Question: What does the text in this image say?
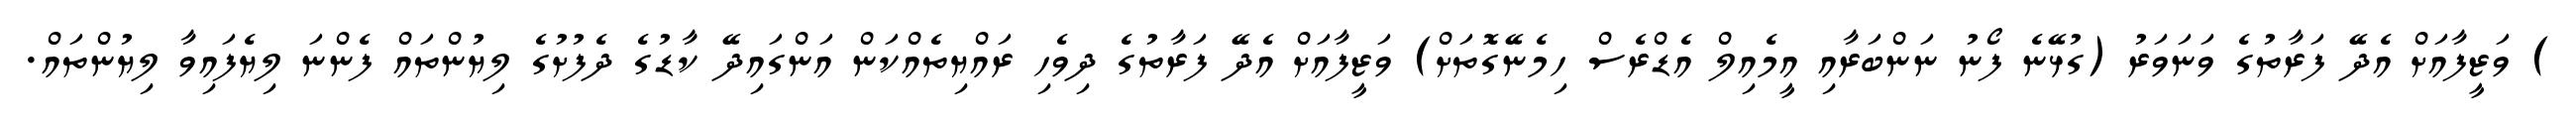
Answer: ) ވަޒީފާއަށް އެދޭ ފަރާތުގެ ވަނަވަރު (ގުޅޭނެ ފޯނު ނަންބަރާއި އީމެއިލް އެޑްރެސް ހިމެނޭގޮތަށް) ވަޒީފާއަށް އެދޭ ފަރާތުގެ ދިވެހި ރައްޔިތެއްކަން އަންގައިދޭ ކާޑުގެ ދެފުށުގެ ލިޔުންތައް ފެންނަ ލިޔެފައިވާ ލިޔުންތައް.